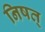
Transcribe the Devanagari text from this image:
निषत्